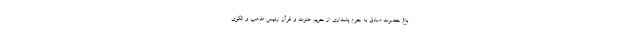
باغ حضرت صادق به جرم پاسداری از حریم عترت و قرآن رئیس مذهب و الگوی